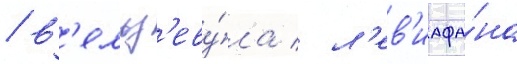
/ в'ельз'еву́ла / л'ев'иафа́на